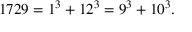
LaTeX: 1 7 2 9 = 1 ^ { 3 } + 1 2 ^ { 3 } = 9 ^ { 3 } + 1 0 ^ { 3 } .